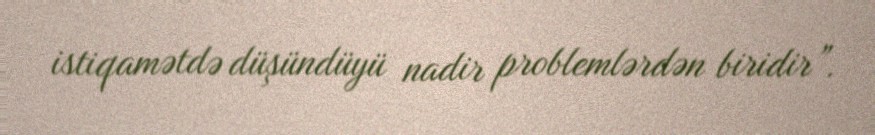
istiqamətdə düşündüyü nadir problemlərdən biridir”.